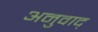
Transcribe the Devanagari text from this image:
अनुवाद्